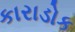
કારાડોક